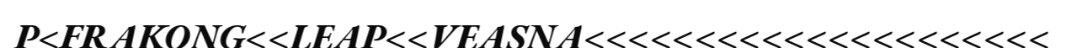
P<FRAKONG<<LEAP<<VEASNA<<<<<<<<<<<<<<<<<<<<<